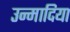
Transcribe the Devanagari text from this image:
उन्मादिया